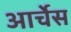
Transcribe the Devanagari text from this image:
आर्चेस